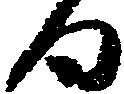
日